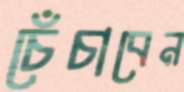
চেঁচাবেন